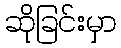
ဆိုခြင်းမှာ